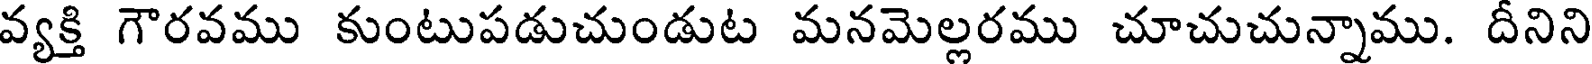
వ్యక్తి గౌరవము కుంటుపడుచుండుట మనమెల్లరము చూచుచున్నాము. దీనిని